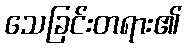
သေခြင်းတရား၏